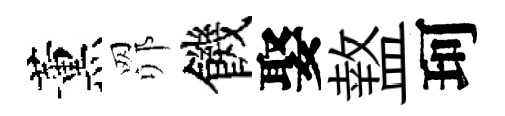
薰𦊑饑娶盩珂